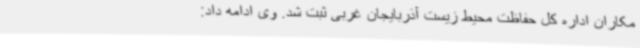
مکاران اداره کل حفاظت محیط زیست آذربایجان غربی ثبت شد. وی ادامه داد: